Scottish Leaving Certificate Examination, 1952
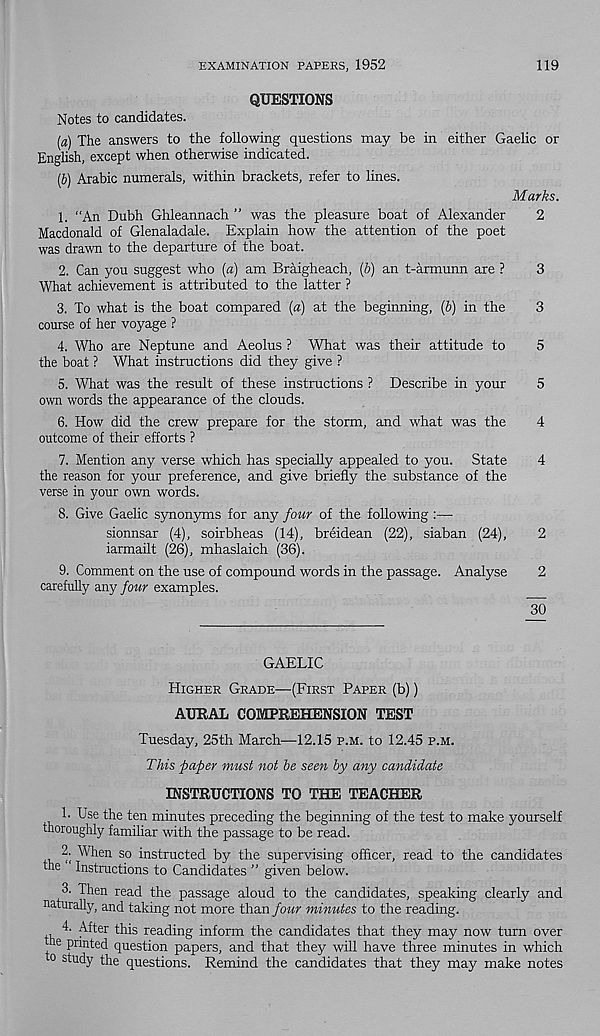
EXAMINATION PAPERS, 1952
119
QUESTIONS
Notes to candidates.
[a) The answers to the following questions may be in either Gaelic or
English, except when otherwise indicated.
(b) Arabic numerals, within brackets, refer to lines.
Marks.
1. “An Dubh Ghleannach ” was the pleasure boat of Alexander
2
Macdonald of Glenaladale. Explain how the attention of the poet
was drawn to the departure of the boat.
2. Can you suggest who [a) am Braigheach, (6) an t-armunn are ?
3
What achievement is attributed to the latter ?
3. To what is the boat compared {a) at the beginning, (6) in the
3
course of her voyage ?
4. Who are Neptune and Aeolus ? What was their attitude to
5
the boat ? What instructions did they give ?
5. What was the result of these instructions ? Describe in your
5
own words the appearance of the clouds.
6. How did the crew prepare for the storm, and what was the
4
outcome of their efforts ?
7. Mention any verse which has specially appealed to you. State
4
the reason for your preference, and give briefly the substance of the
verse in your own words.
8. Give Gaelic synonyms for any four of the following :—
sionnsar (4), soirbheas (14), breidean (22), siaban (24),
2
iarmailt (26), mhaslaich (36).
9. Comment on the use of compound words in the passage. Analyse
2
carefully any four examples.
30
GAELIC
Higher Grade—(First Paper (b))
AURAL COMPREHENSION TEST
Tuesday, 25th March—12.15 p.m. to 12.45 p.m.
This paper must not be seen by any candidate
INSTRUCTIONS TO THE TEACHER
1. Use the ten minutes preceding the beginning of the test to make yourself
thoroughly familiar with the passage to be read.
When so instructed by the supervising officer, read to the candidates
the Instructions to Candidates ” given below.
3. Then read the passage aloud to the candidates, speaking clearly and
naturally, and taking not more than four minutes to the reading.
, 4- After this reading inform the candidates that they may now turn over
he printed question papers, and that they will have three minutes in which
o study the questions. Remind the candidates that they may make notes